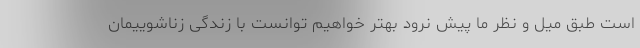
است طبق میل و نظر ما پیش نرود بهتر خواهیم توانست با زندگی زناشوییمان